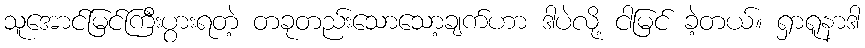
သူအောင်မြင်ကြီးပွားရတဲ့ တခုတည်းသောသော့ချက်ဟာ ဒါပဲလို့ ငါမြင် ခဲ့တယ်။ ရှာရူနာဒါ